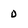
Character: D